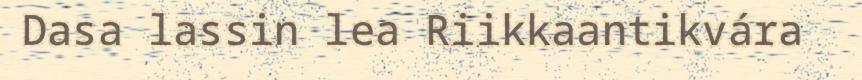
Dasa lassin lea Riikkaantikvára